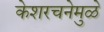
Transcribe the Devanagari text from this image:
केशरचनेमुळे